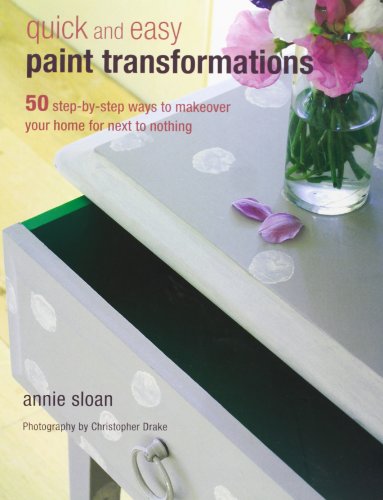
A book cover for Quick and Easy Paint Transformations: 50 Step-by-step Ways to Makeover Your Home for Next to Nothing; Annie Sloan; Crafts, Hobbies & Home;